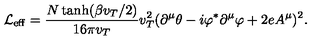
{ \cal L } _ { \mathrm { e f f } } = \frac { N \tanh ( \beta v _ { T } / 2 ) } { 1 6 \pi v _ { T } } v _ { T } ^ { 2 } ( \partial ^ { \mu } \theta - i \varphi ^ { * } \partial ^ { \mu } \varphi + 2 e A ^ { \mu } ) ^ { 2 } .